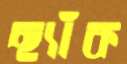
ছ্যাঁক